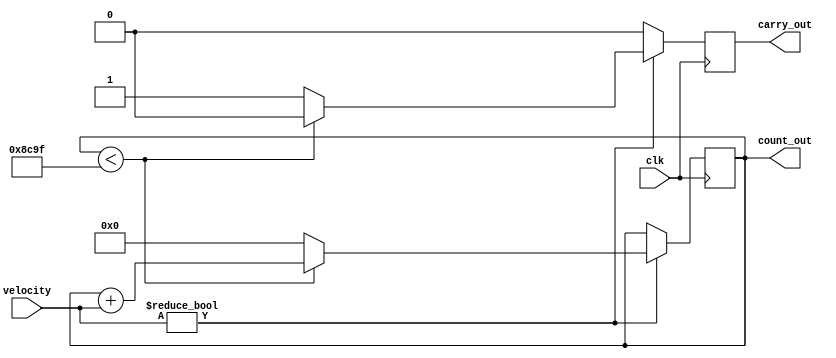
module counter_distance (clk, velocity, count_out , carry_out);
 parameter MOD = 36000;//1sec(25_000_000):36_00, 0.1sec(25_00_000):36_000 , 1/3600:1000
 parameter BITS = $clog2(MOD);

 input clk;
 input [6:0] velocity;
 output reg [BITS -1:0] count_out ;
 output reg carry_out;

 always @ ( posedge clk )
   begin//1
      if (velocity)
      begin//2
         if(count_out < MOD -1)
         begin
            count_out <= count_out + velocity;
            carry_out <= 0;
         end
         else
         begin
            count_out <= 0;
            carry_out <= 1;
         end
      end//2
      else
      begin
         count_out <= count_out;
         carry_out <= 0;
      end
   end//1
 endmodule